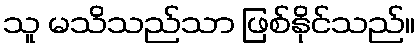
သူ မသိသည်သာ ဖြစ်နိုင်သည်။